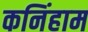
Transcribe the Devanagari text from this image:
कनिंहाम